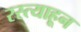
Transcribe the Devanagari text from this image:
रस्त्याहून